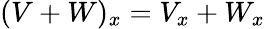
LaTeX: (V+W)_{x}=V_{x}+W_{x}